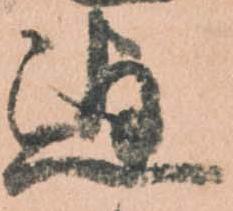
迄